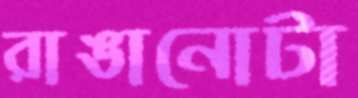
রাঙানোটা